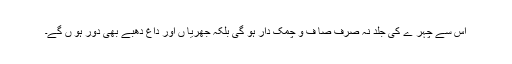
اس سے چہر ے کی جلد نہ صرف صا ف و چمک دار ہو گی بلکہ جھریا ں اور داغ دھبے بھی دور ہو ں گے۔